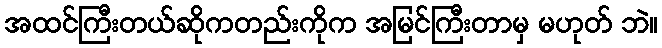
အထင်ကြီးတယ်ဆိုကတည်းကိုက အမြင်ကြီးတာမှ မဟုတ် ဘဲ။